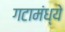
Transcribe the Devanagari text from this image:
गटामंध्ये